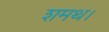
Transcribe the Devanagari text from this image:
शमथ।